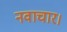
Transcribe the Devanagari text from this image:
नवाचार।